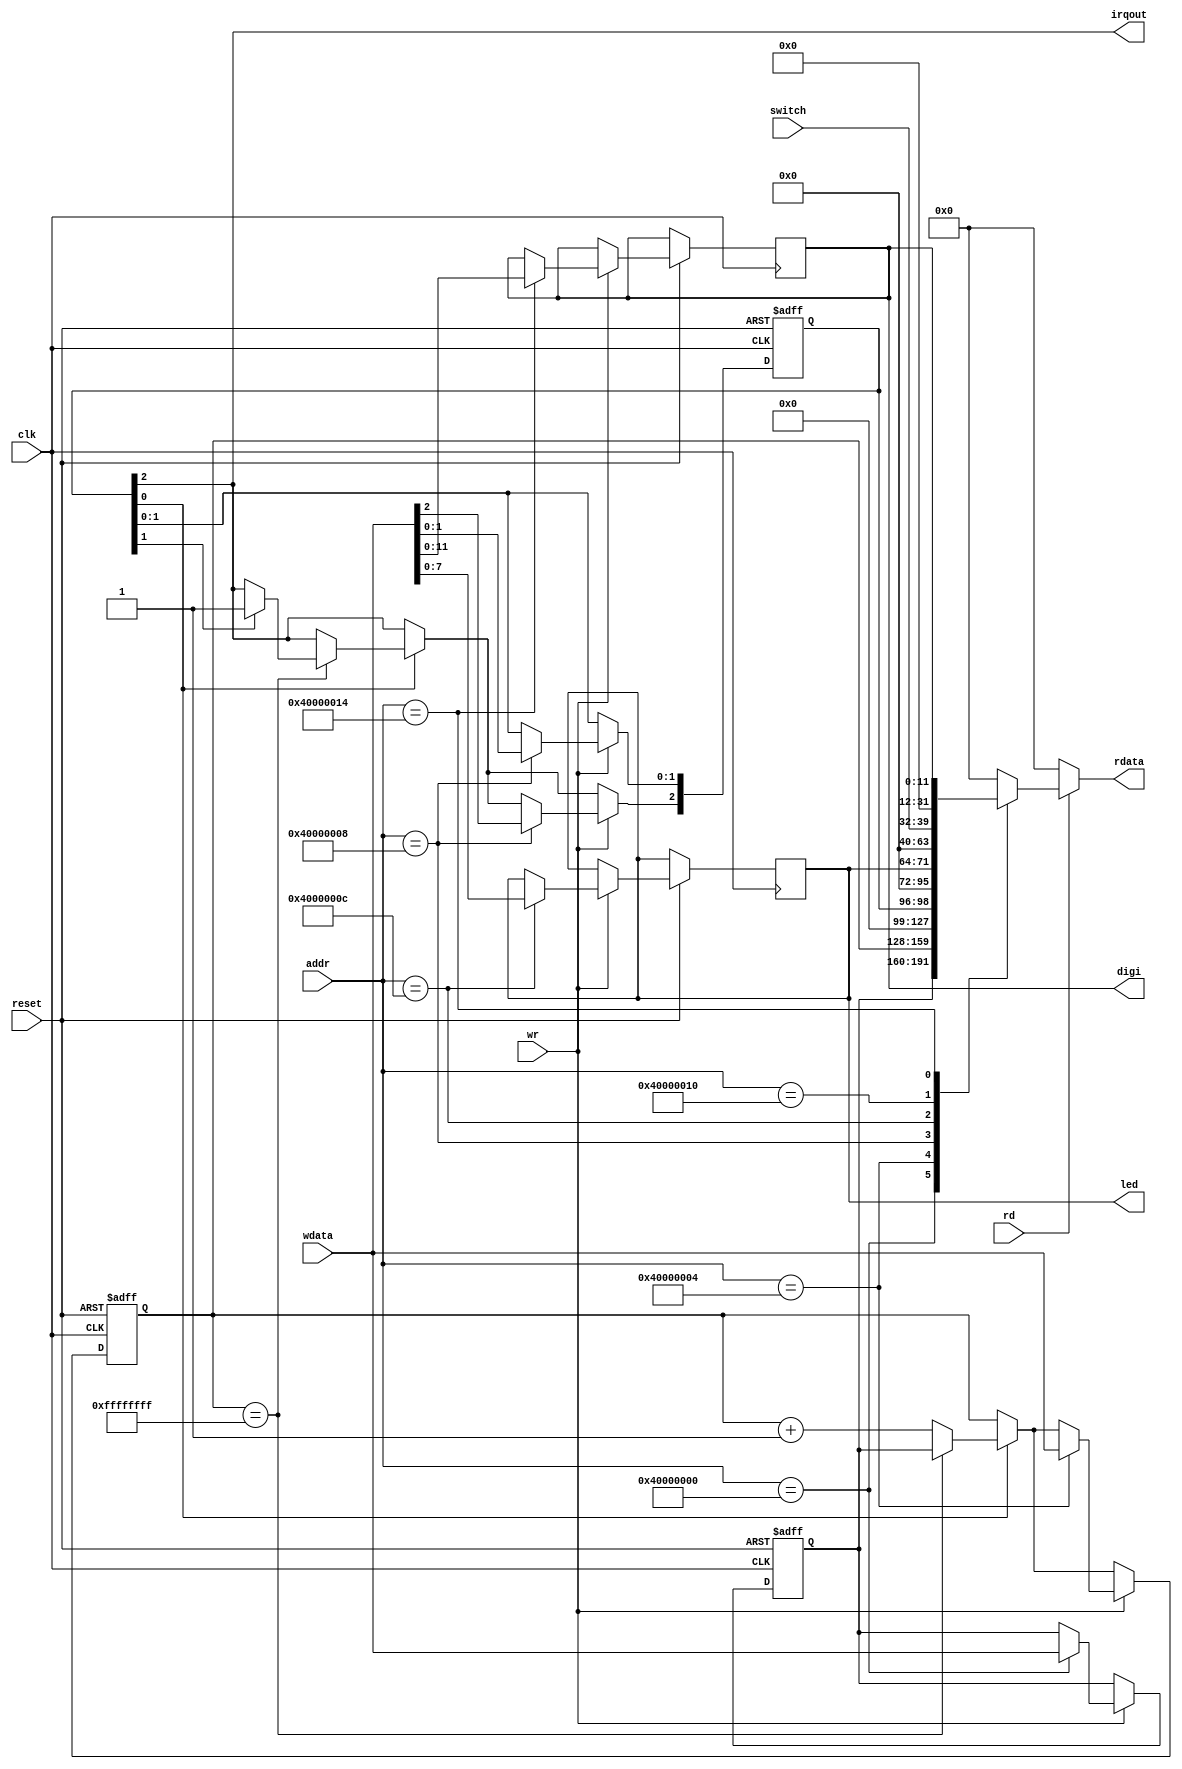
//`timescale 1ns/1ps

module Peripheral (reset,clk,rd,wr,addr,wdata,rdata,led,switch,digi,irqout);
input reset,clk;
input rd,wr;
input [31:0] addr;
input [31:0] wdata;
output [31:0] rdata;
reg [31:0] rdata;

output [7:0] led;
reg [7:0] led;
input [7:0] switch;
output [11:0] digi;
reg [11:0] digi;
output irqout;

reg [31:0] TH,TL;
reg [2:0] TCON;
assign irqout = TCON[2];

always@(*) begin
	if(rd) begin
		case(addr)
			32'h40000000: rdata <= TH;			
			32'h40000004: rdata <= TL;			
			32'h40000008: rdata <= {29'b0,TCON};				
			32'h4000000C: rdata <= {24'b0,led};			
			32'h40000010: rdata <= {24'b0,switch};
			32'h40000014: rdata <= {20'b0,digi};
			default: rdata <= 32'b0;
		endcase
	end
	else
		rdata <= 32'b0;
end

always@(negedge reset or posedge clk) begin
	if(~reset) begin
		TH <= 32'b0;
		TL <= 32'b0;
		TCON <= 3'b0;	
	end
	else begin
		if(TCON[0]) begin	//timer is enabled
			if(TL==32'hffffffff) begin
				TL <= TH;
				if(TCON[1]) TCON[2] <= 1'b1;		//irq is enabled
			end
			else TL <= TL + 1;
		end
		
		if(wr) begin
			case(addr)
				32'h40000000: TH <= wdata;
				32'h40000004: TL <= wdata;
				32'h40000008: TCON <= wdata[2:0];		
				32'h4000000C: led <= wdata[7:0];			
				32'h40000014: digi <= wdata[11:0];
				default: ;
			endcase
		end
	end
end
endmodule